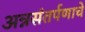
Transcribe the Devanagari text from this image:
अन्नसंतर्पणाचे